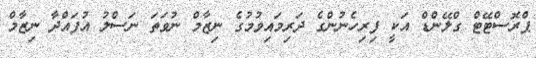
ޕްރޮސްޓޭޓް ގްލޭންޑް އަކީ ފިރިހެނުންގެ ދަރިމައިވުމުގެ ނިޒާމް ނުވަތަ ނަސްލު އުފައްދާ ނިޒާމް